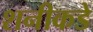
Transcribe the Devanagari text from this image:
शनीकडे